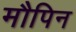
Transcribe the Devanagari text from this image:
मौपिन